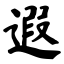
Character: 遐